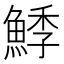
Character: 鯚